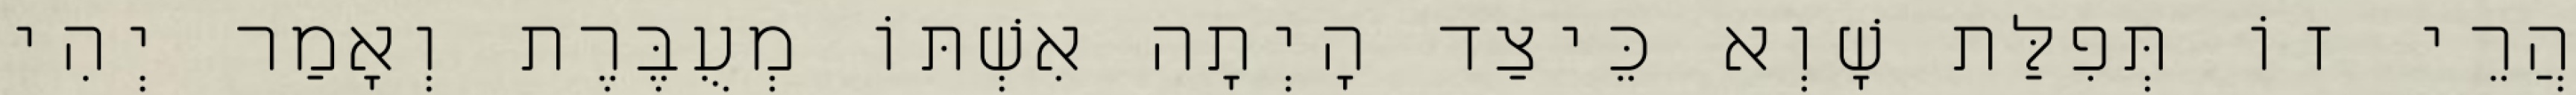
הֲרֵי זוֹ תְּפִלַּת שָׁוְא כֵּיצַד הָיְתָה אִשְׁתּוֹ מְעֻבֶּרֶת וְאָמַר יְהִי